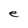
Character: e